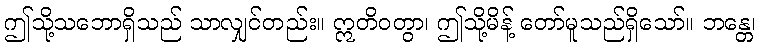
ဤသို့သဘောရှိသည် သာလျှင်တည်း။ ဣတိဝတွာ၊ ဤသို့မိန့် တော်မူသည်ရှိသော်။ ဘန္တေ၊